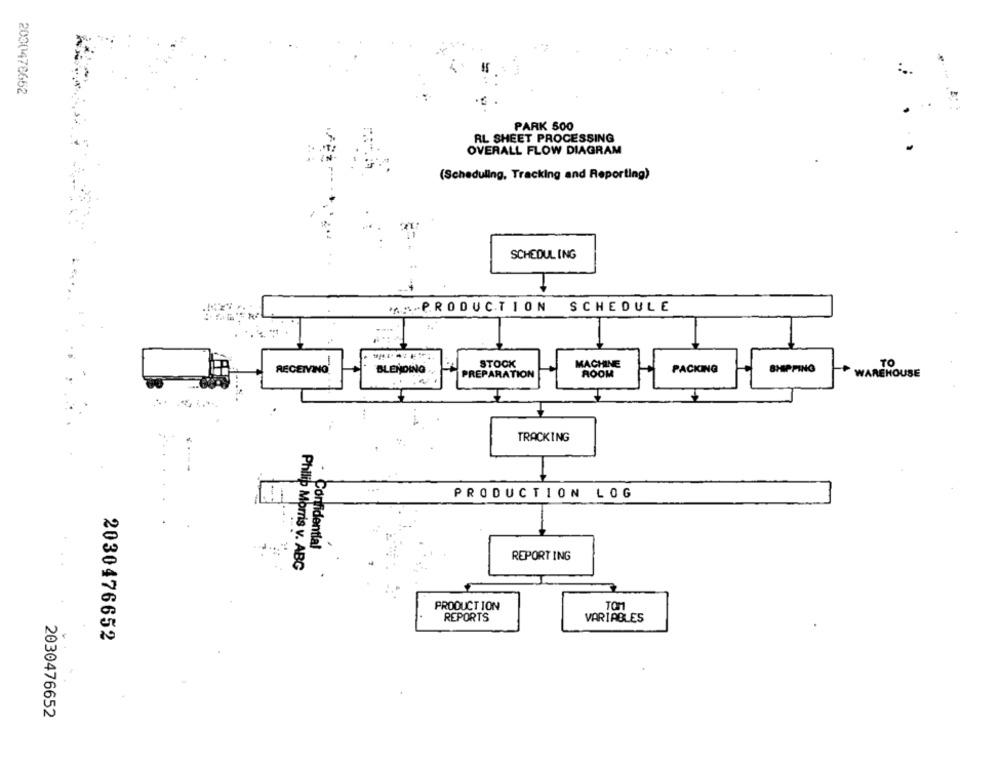
2000478652
..
PARK 500
AL SHEET PROCESSING
OVERALL FLOW DIAGRAM
(Scheduling, Tracking and Reporting)
SCHEDULING
SCHEDULE
STOCK
MACHINE
TO
RECEIVING
BLENDING
PACKING
SHIPPING
PREPARATION
ROOM
WAREHOUSE
...
TRACKING
PRODUCTION LOG
Confidential
REPORTING
Philip Morris v. ABG
PRODUCTION
TOM
REPORTS
VARIABLES
2030476652
2030476652